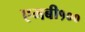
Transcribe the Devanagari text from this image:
एमबी१००